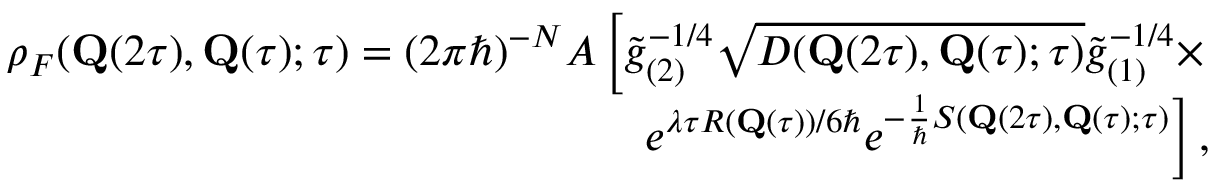
\begin{array} { r } { \rho _ { F } ( \mathbf { Q } ( 2 \tau ) , \mathbf { Q } ( \tau ) ; \tau ) = ( 2 \pi \hbar ) ^ { - N } { \cal A } \left[ \tilde { g } _ { ( 2 ) } ^ { - 1 / 4 } \sqrt { D ( \mathbf { Q } ( 2 \tau ) , \mathbf { Q } ( \tau ) ; \tau ) } \tilde { g } _ { ( 1 ) } ^ { - 1 / 4 } \times \right. } \\ { \left. e ^ { \lambda \tau R ( \mathbf { Q } ( \tau ) ) / 6 \hbar } e ^ { - \frac { 1 } { \hbar } S ( \mathbf { Q } ( 2 \tau ) , \mathbf { Q } ( \tau ) ; \tau ) } \right] , } \end{array}